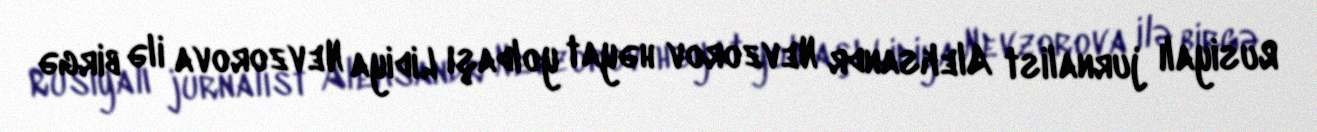
Rusiyalı jurnalist Aleksandr Nevzorov həyat yoldaşı Lidiya Nevzorova ilə birgə